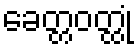
ခေတ္တဝတ္ထုံ